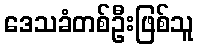
ဒေသခံတစ်ဦးဖြစ်သူ